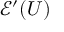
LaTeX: { \mathcal { E } } ^ { \prime } ( U )